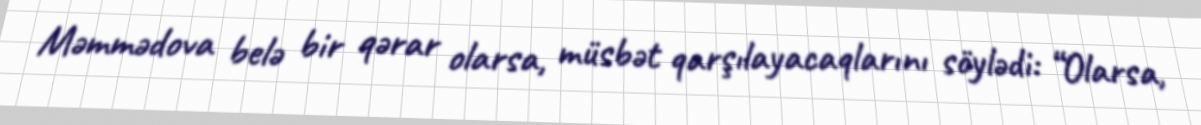
Məmmədova belə bir qərar olarsa, müsbət qarşılayacaqlarını söylədi: “Olarsa,